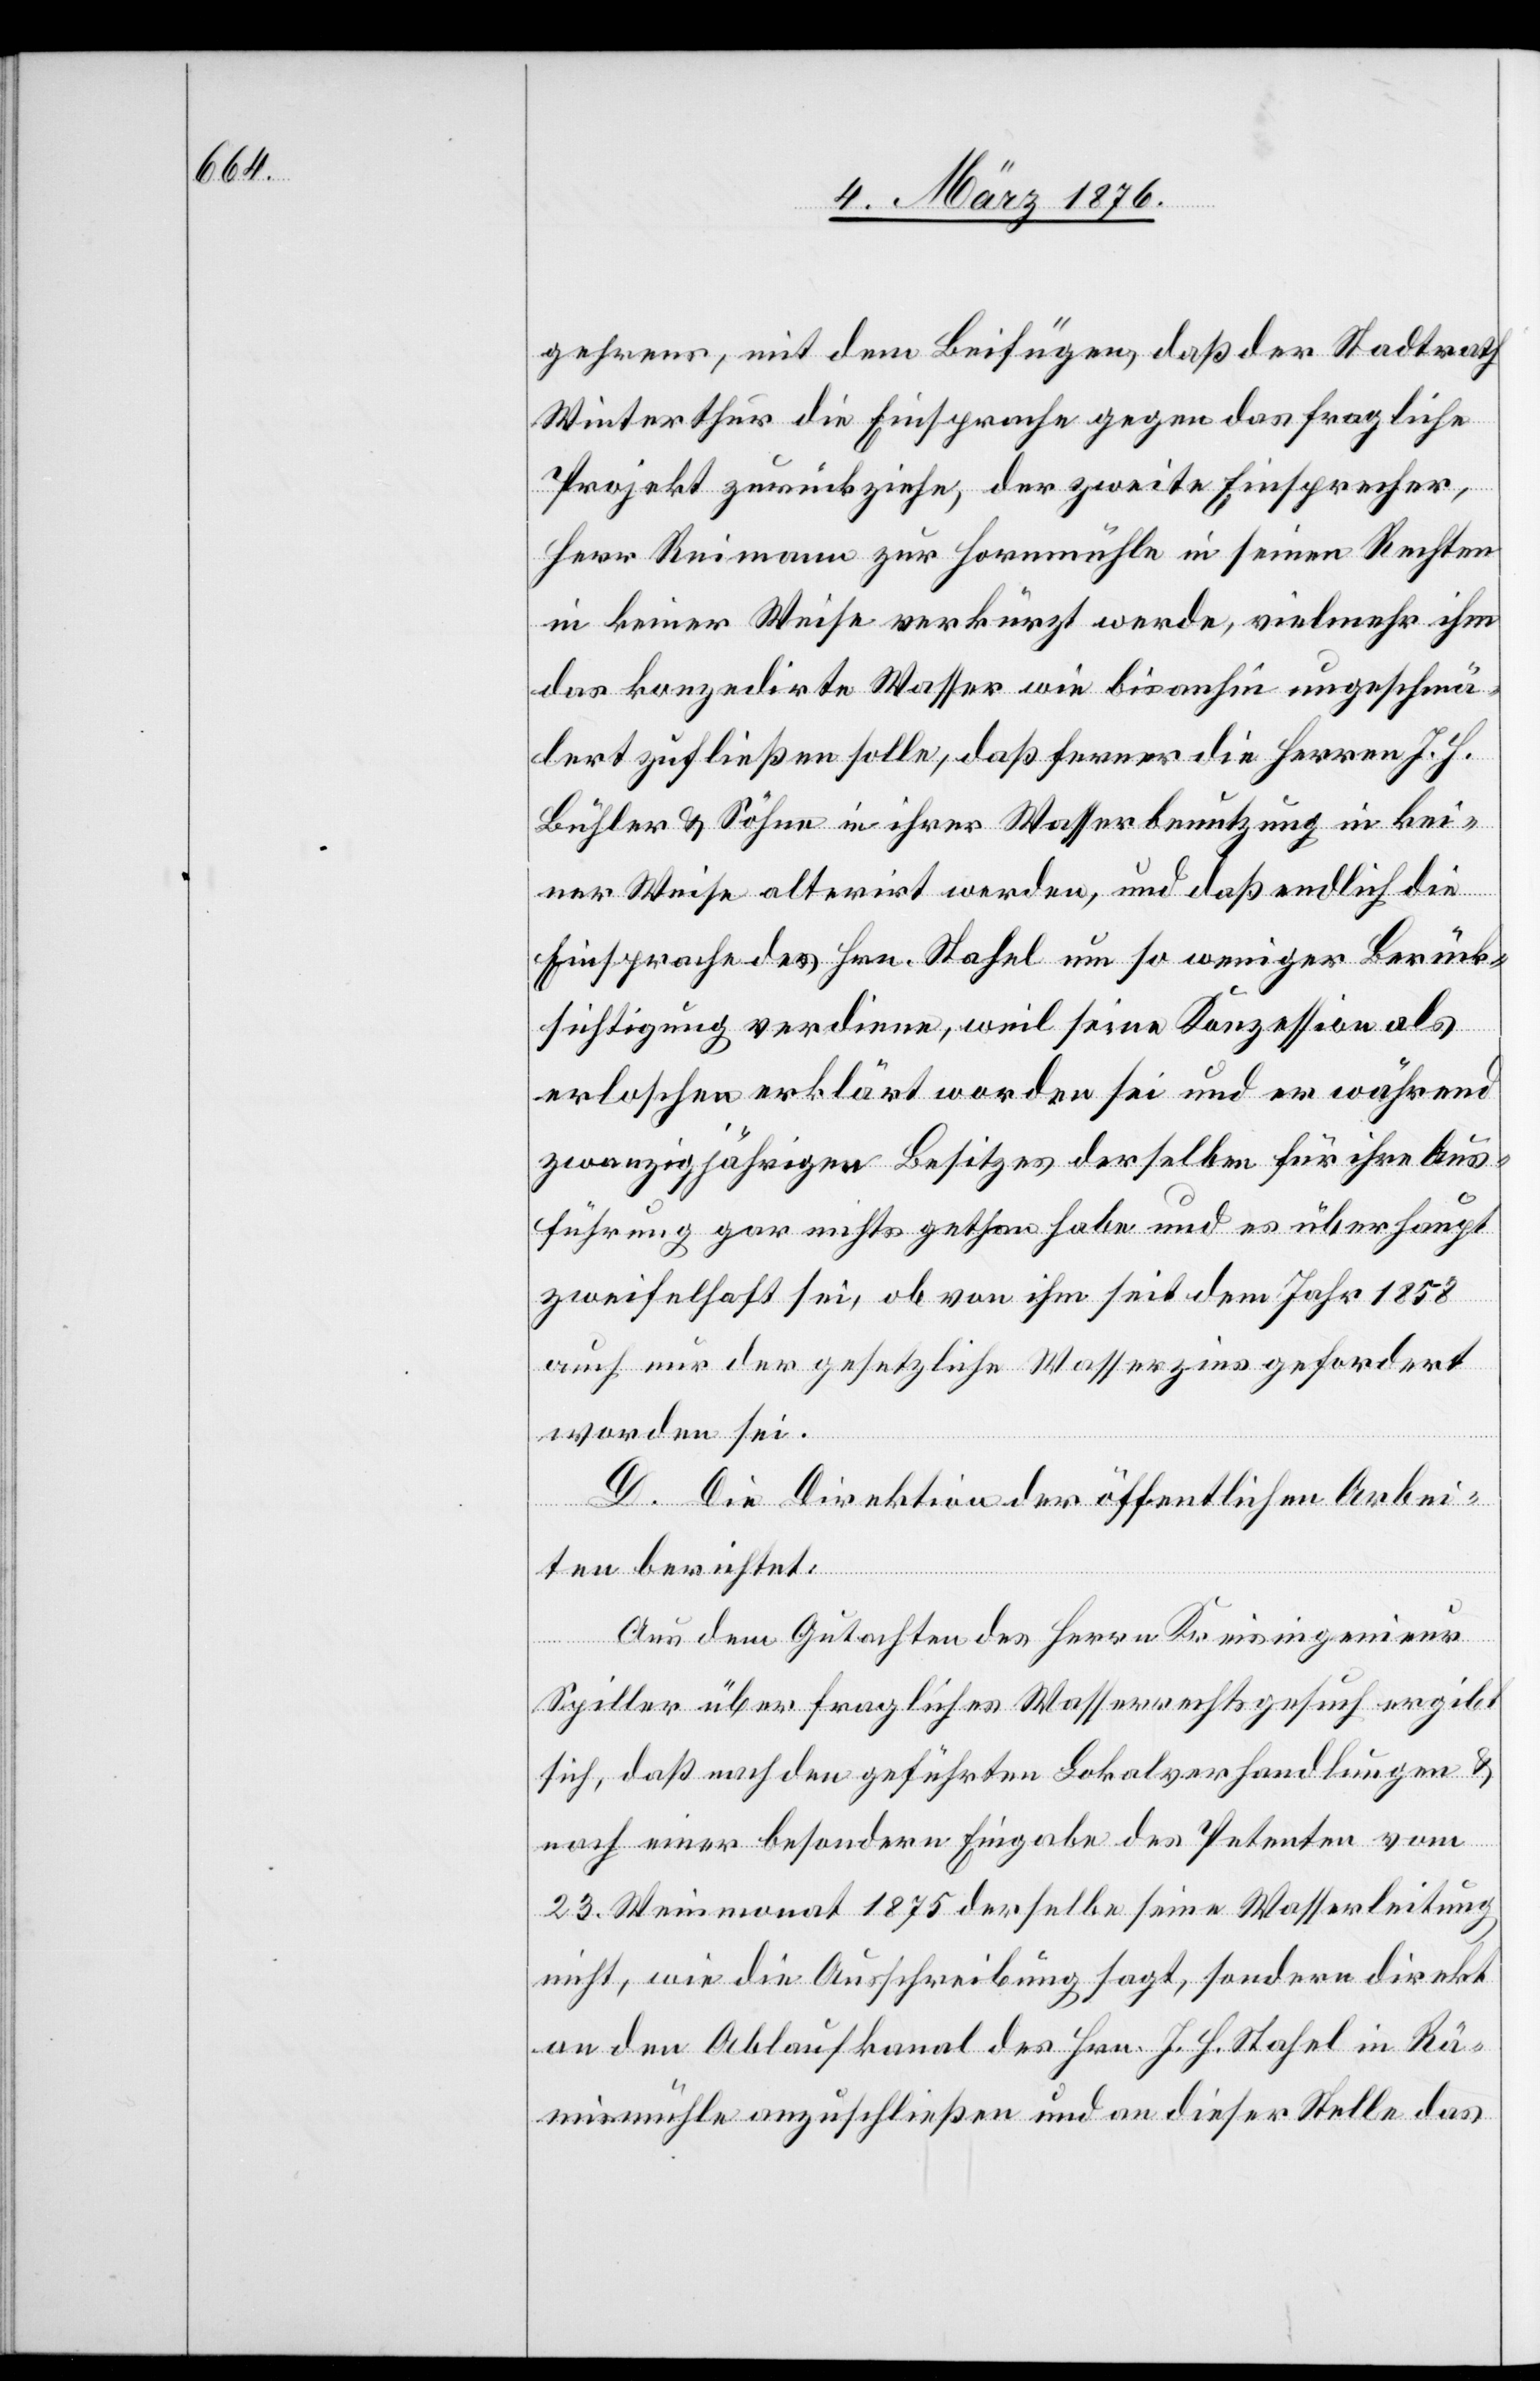
gehrens, mit dem Beifügen, daß der Stadtrath
Winterthur die Einsprache gegen das fragliche
Projekt zurückziehe, der zweite Einsprecher,
Herr Reimann zur Hornmühle in seinen Rechten
in keiner Weise verkürzt werde, vielmehr ihm
das konzedirte Wasser wie bisanhin ungeschmä¬
lert zufließen solle, daß ferner die Herren J. H.
Bühler & Söhne in ihrer Wasserbenutzung in kei¬
ner Weise alternirt werden, und daß endlich die
Einsprache des Hrn. Stahel um so weniger Berück¬
sichtigung verdiene, weil seine Konzession als
erloschen erklärt worden sei und er während
zwanzigjährigen Besitzes derselben für ihre Aus¬
führung gar nichts gethan habe und es überhaupt
zweifelhaft sei, ob von ihm seit dem Jahr 1858
auch nur der gesetzliche Wasserzins gefordert
worden sei.
D. Die Direktion der öffentlichen Arbei¬
ten berichtet:
Aus dem Gutachten des Herrn Kreisingenieur
Spiller über fragliches Wasserrechtsgesuch ergibt
sich, daß nach den geführten Lokalvehandlungen &
nach einer besondern Eingabe des Petenten vom
23. Weinmonat 1875 derselbe seine Wasserleitung
nicht, wie die Ausschreibung sagt, sondern direkt
an den Ablaufkanal des Hrn. J. H. Stahel in Rä¬
mismühle anzuschließen und an dieser Stelle das